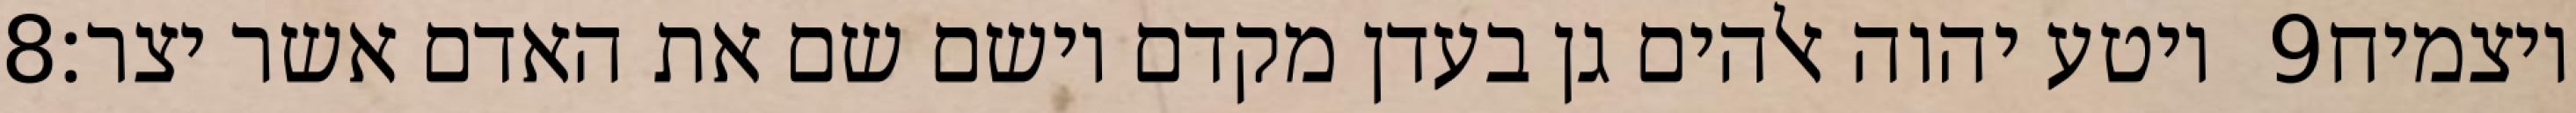
‎8‏ ויטע יהוה אלהים גן בעדן מקדם וישם שם את האדם אשר יצר׃ ‎9‏ ויצמיח